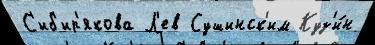
С'иб'ир'якова Л'ев Сушинск'им Куз'и́н